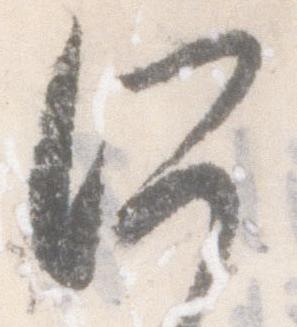
所